Sanitation, dispensaries and jails vaccination Rajputana 1922-1927 - 1922-1927
Year: 1922
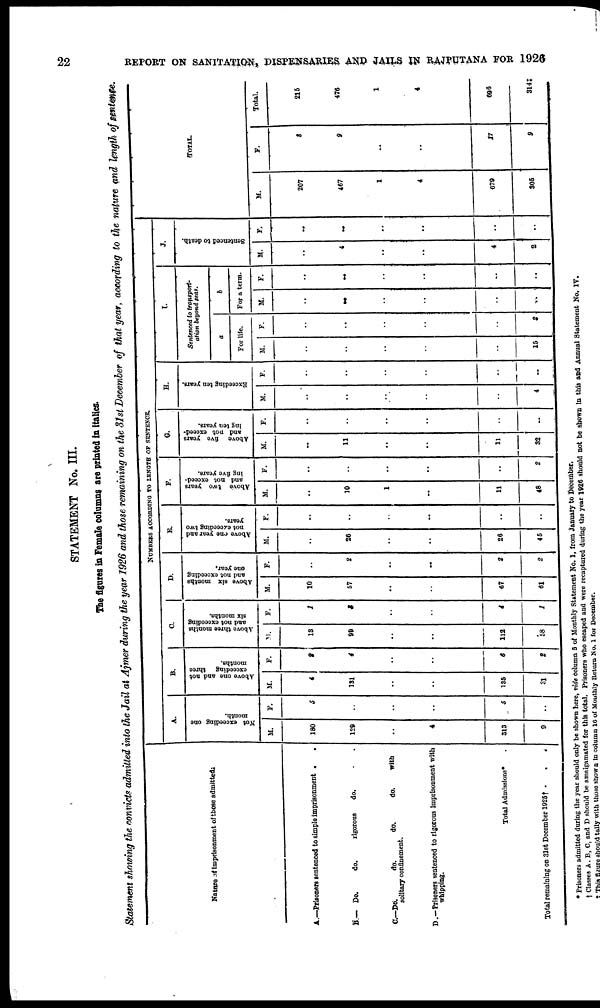
22
REPORT ON SANITATION, DISPENSARIES AND JAILS IN RAJPUTANA FOR 1926
STATEMENT No. III.
The figures in Female columns are printed in italics.
Statement showing the convicts admitted into the Jail at Ajmer during the year 1926 and those remaining on the 31st December of that year, according to the nature and length of sentence.
Nature of imprisonment of those admitted.
A.—Prisoners sentenced to simple imprisonment . .
B.— Do.
do.
rigorous
do. . .
C.—Do.
do.
do.
do.
with
solitary confinement.
D.—Prisoners sentenced to rigorous imprisonment with
whipping.
Total Admissions* .
Total remaining on 31st December 1926† . . . .
NUMBERS ACCORDING TO LENGTH OF SENTENCE.
A.
Not exceeding one
month.
M.
180
129
..
4
313
9
F.
5
..
..
..
5
..
B.
Above one and not
exceeding three
months.
M.
4
131
..
..
135
31
F.
2
4
..
..
6
2
C.
Above three months
and not exceeding
six months.
M.
13
99
..
..
112
58
F.
1
3
..
..
4
1
D.
Above six months
and not exceeding
one year.
M.
10
57
..
..
67
61
F.
..
2
..
..
2
2
E.
Above one year and
not exceeding two
years.
M.
..
26
..
..
26
45
F.
..
..
..
..
..
..
F.
Above two years
and not exceed-
ing five years.
M.
..
10
1
..
11
48
F.
..
..
..
..
..
2
G.
Above five years
and not exceed-
ing ten years.
M.
..
11
..
..
11
32
F.
..
..
..
..
..
..
H.
Exceeding ten years.
M.
..
..
..
..
..
4
F.
..
..
..
..
..
..
I.
Sentenced to transport-
ation beyond seas.
a
For life.
M.
..
..
..
..
..
16
F.
..
..
..
..
..
2
b
For a term.
M.
..
..
..
..
..
..
F.
..
..
..
..
..
..
J.
Sentenced to death.
M.
..
4
..
..
4
2
F.
..
..
..
..
..
..
TOTAL.
M.
207
467
1
4
679
305
F.
3
9
..
..
17
9
Total.
215
476
1
4
696
314‡
* Prisoners admitted during the year should only be shown here, vide column 5 of Monthly Statement No. 1, from January to December.
† Classes A, B, C, and D should be amalgamated for this total. Prisoners who escaped and were recaptured during the year 1926 should not be shown in this and Annual Statement No. IV.
‡ This figure should tally with those shown in column 16 of Monthly Return No. 1 for December.